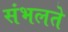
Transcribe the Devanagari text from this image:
संभलते